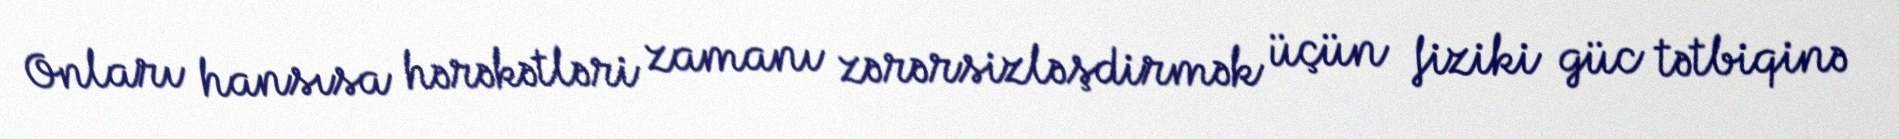
Onları hansısa hərəkətləri zamanı zərərsizləşdirmək üçün fiziki güc tətbiqinə